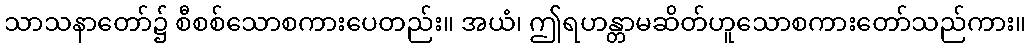
သာသနာတော်၌ စီစစ်သောစကားပေတည်း။ အယံ၊ ဤရဟန္တာမဆိတ်ဟူသောစကားတော်သည်ကား။